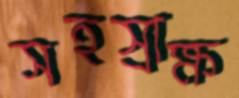
সহস্রাক্ষ